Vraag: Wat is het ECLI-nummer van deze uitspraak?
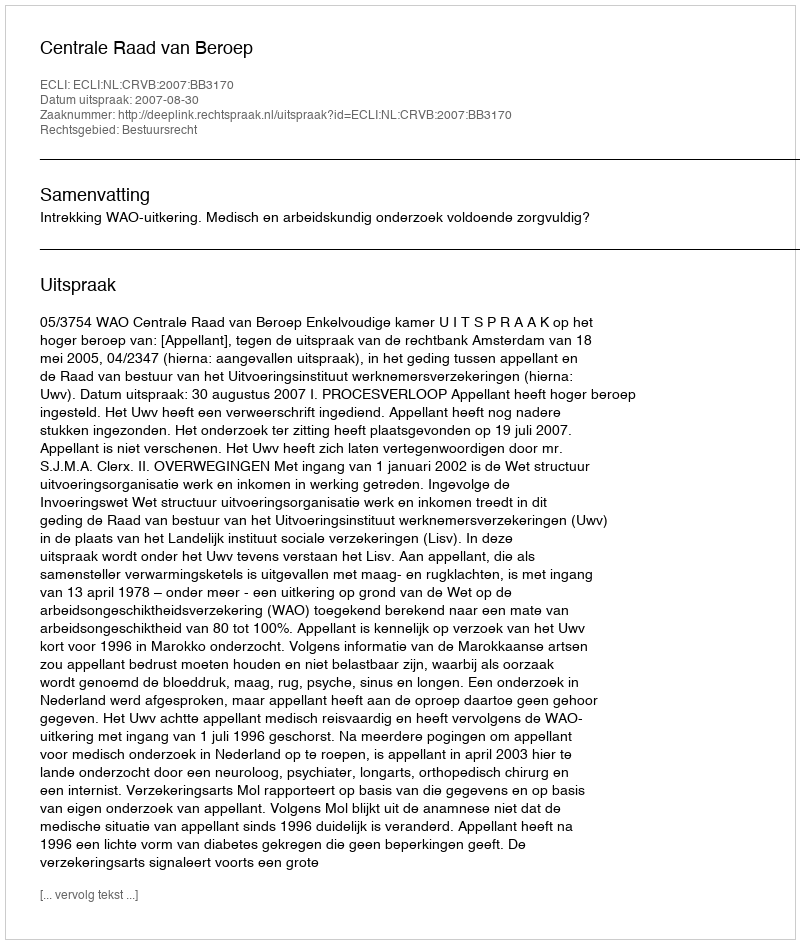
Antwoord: ECLI:NL:CRVB:2007:BB3170